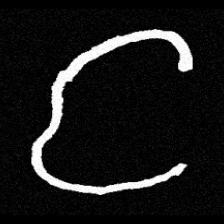
Pyu character \u2014 Myanmar letter: င (romanized: nga)